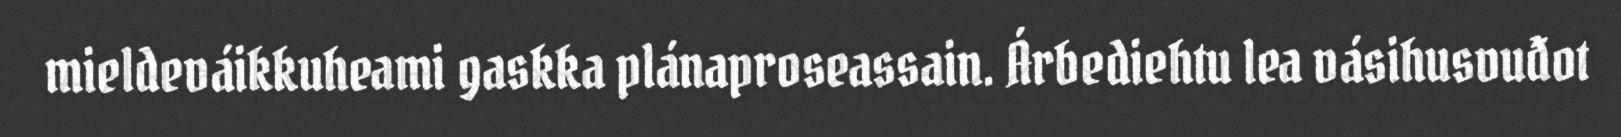
mieldeváikkuheami gaskka plánaproseassain. Árbediehtu lea vásihusvuđot